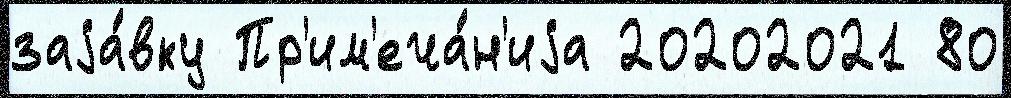
заjа́вку Пр'им'еча́н'иjа 20202021 80